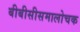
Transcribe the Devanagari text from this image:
बीबीसीसमालोचक